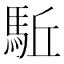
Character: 駈